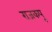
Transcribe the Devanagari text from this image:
राजकपू